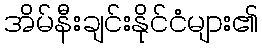
အိမ်နီးချင်းနိုင်ငံများ၏